Lunatic asylums Punjab 1881-1894 - 1881-1894
Year: 1881
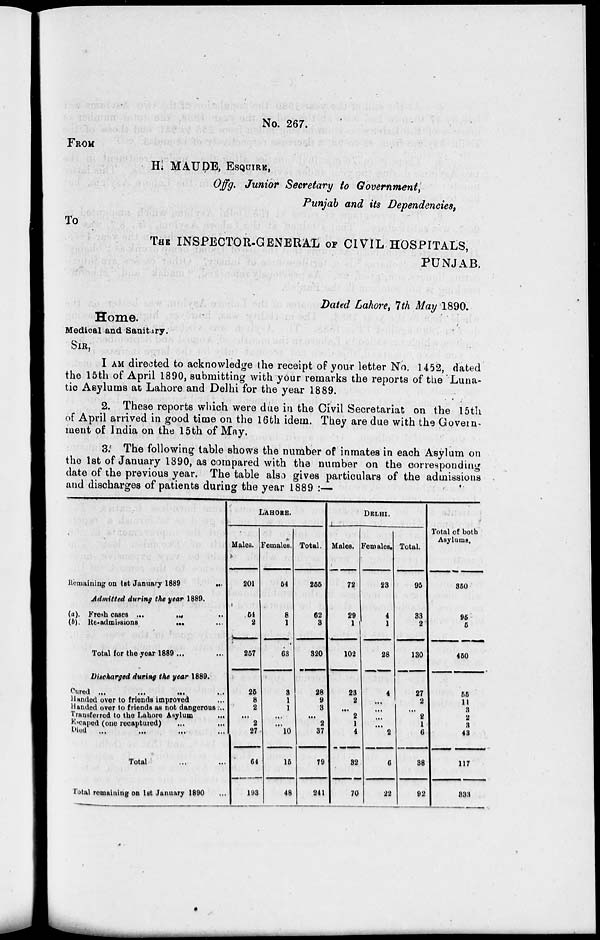
No. 267.
FROM
H. MAUDE, ESQUIRE,
Offg. Junior Secretary to Government,
Punjab and its Dependencies,
TO
THE INSPECTOR-GENERAL OF CIVIL HOSPITALS,
PUNJAB.
Dated Lahore, 7th May 1890.
Home.
Medical and Sanitary.
SIR,
I AM directed to acknowledge the receipt of your letter No. 1452, dated
the 15th of April 1890, submitting with your remarks the reports of the Luna-
tic Asylums at Lahore and Delhi for the year 1889.
2. These reports which were due in the Civil Secretariat on the 15th
of April arrived in good time on the 16th idem. They are due with the Govern-
ment of India on the 15th of May.
3. The following table shows the number of inmates in each Asylum on
the 1st of January 1890, as compared with the number on the corresponding
date of the previous year. The table also gives particulars of the admissions
and discharges of patients during the year 1889 :—
Remaining on 1st January 1889
...
Admitted during the year 1889.
(a). Fresh cases ... ... ...
(b). Re-admissions ... ...
Total for the year 1889 ...
Discharged during the year 1889.
Cured ...
... ...
Handed over to friends improved ...
Handed over to friends as not dangerous ...
Transferred to the Lahore Asylum
...
Escaped (one recaptured)
...
...
Died ...
...
... ...
Total ... ...
Total remaining on 1st January 1890 ...
LAHORE.
Males.
201
54
2
257
25
8
2
...
2
27
64
193
Females.
54
8
1
63
3
1
1
...
...
10
15
48
Total.
255
62
3
320
28
9
3
...
2
37
79
241
DELHI.
Males.
72
29
1
102
23
2
...
2
1
4
32
70
Females.
23
4
1
28
4
...
...
...
...
2
6
22
Total.
95
33
2
130
27
2
...
2
1
6
38
92
Total of both
Asylums.
350
95
5
450
55
11
3
2
3
43
117
333